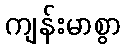
ကျန်းမာစွာ